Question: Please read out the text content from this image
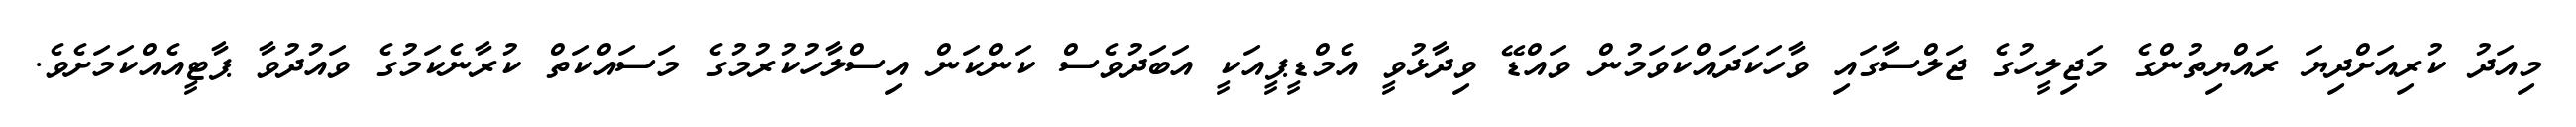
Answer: މިއަދު ކުރިއަށްދިޔަ ރައްޔިތުންގެ މަޖިލީހުގެ ޖަލްސާގައި ވާހަކަދައްކަވަމުން ވައްޑޭ ވިދާޅުވީ އެމްޑީޕީއަކީ އަބަދުވެސް ކަންކަން އިސްލާހުކުރުމުގެ މަސައްކަތް ކުރާނެކަމުގެ ވައުދުވާ ޕާޓީއެއްކަމަށެވެ.